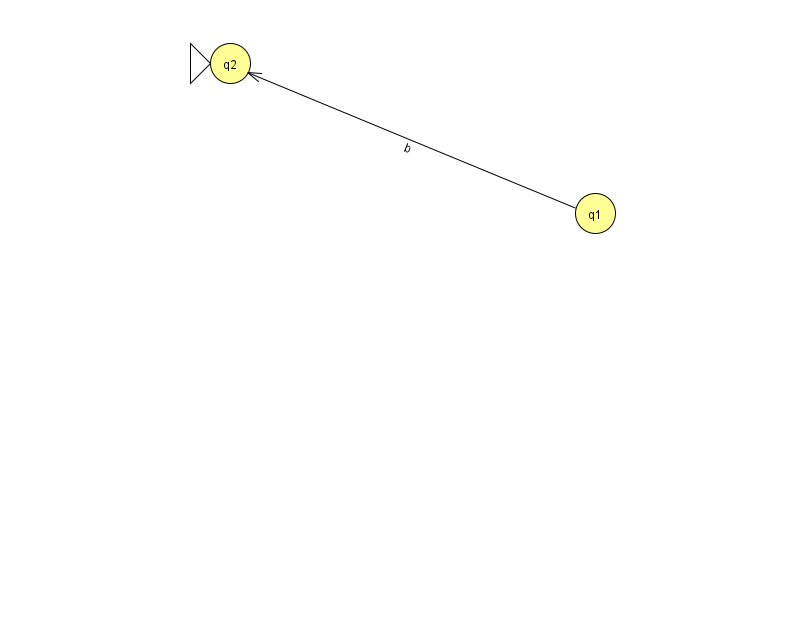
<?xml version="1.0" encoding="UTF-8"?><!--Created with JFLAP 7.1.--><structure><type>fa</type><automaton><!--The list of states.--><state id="1" name="q1"><x>595.0</x><y>200.0</y></state><state id="2" name="q2"><x>230.0</x><y>50.0</y><initial/></state><!--The list of transitions.--><transition><from>1</from><to>2</to><read>b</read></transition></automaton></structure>